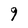
Character: 9